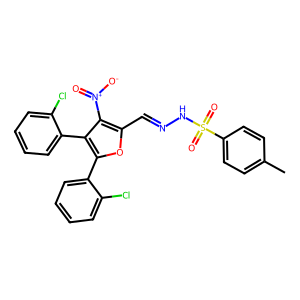
SMILES: Cc1ccc(S(=O)(=O)NN=Cc2oc(-c3ccccc3Cl)c(-c3ccccc3Cl)c2[N+](=O)[O-])cc1
Inhibits HIV replication: No